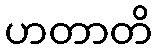
ဟတာတိ